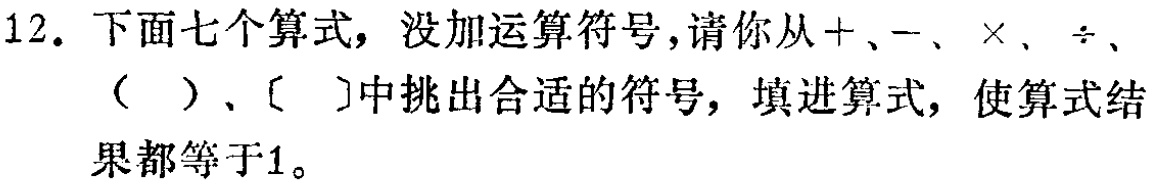
12. 下面七个算式，没加运算符号，请你从$+$、$-$、$\times$、$\div$、$($ ）、$〔 〕$中挑出合适的符号，填进算式，使算式结果都等于1。